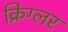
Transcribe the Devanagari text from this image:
क्रिग्लर